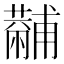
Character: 𧁡